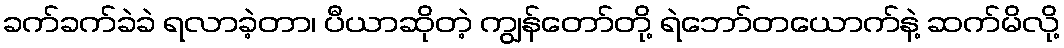
ခက်ခက်ခဲခဲ ရလာခဲ့တာ၊ ပီယာဆိုတဲ့ ကျွန်တော်တို့ ရဲဘော်တယောက်နဲ့ ဆက်မိလို့